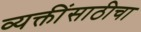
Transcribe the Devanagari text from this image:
व्यक्तींसाठीचा